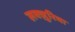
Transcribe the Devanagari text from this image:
लक्ज़ुरिया